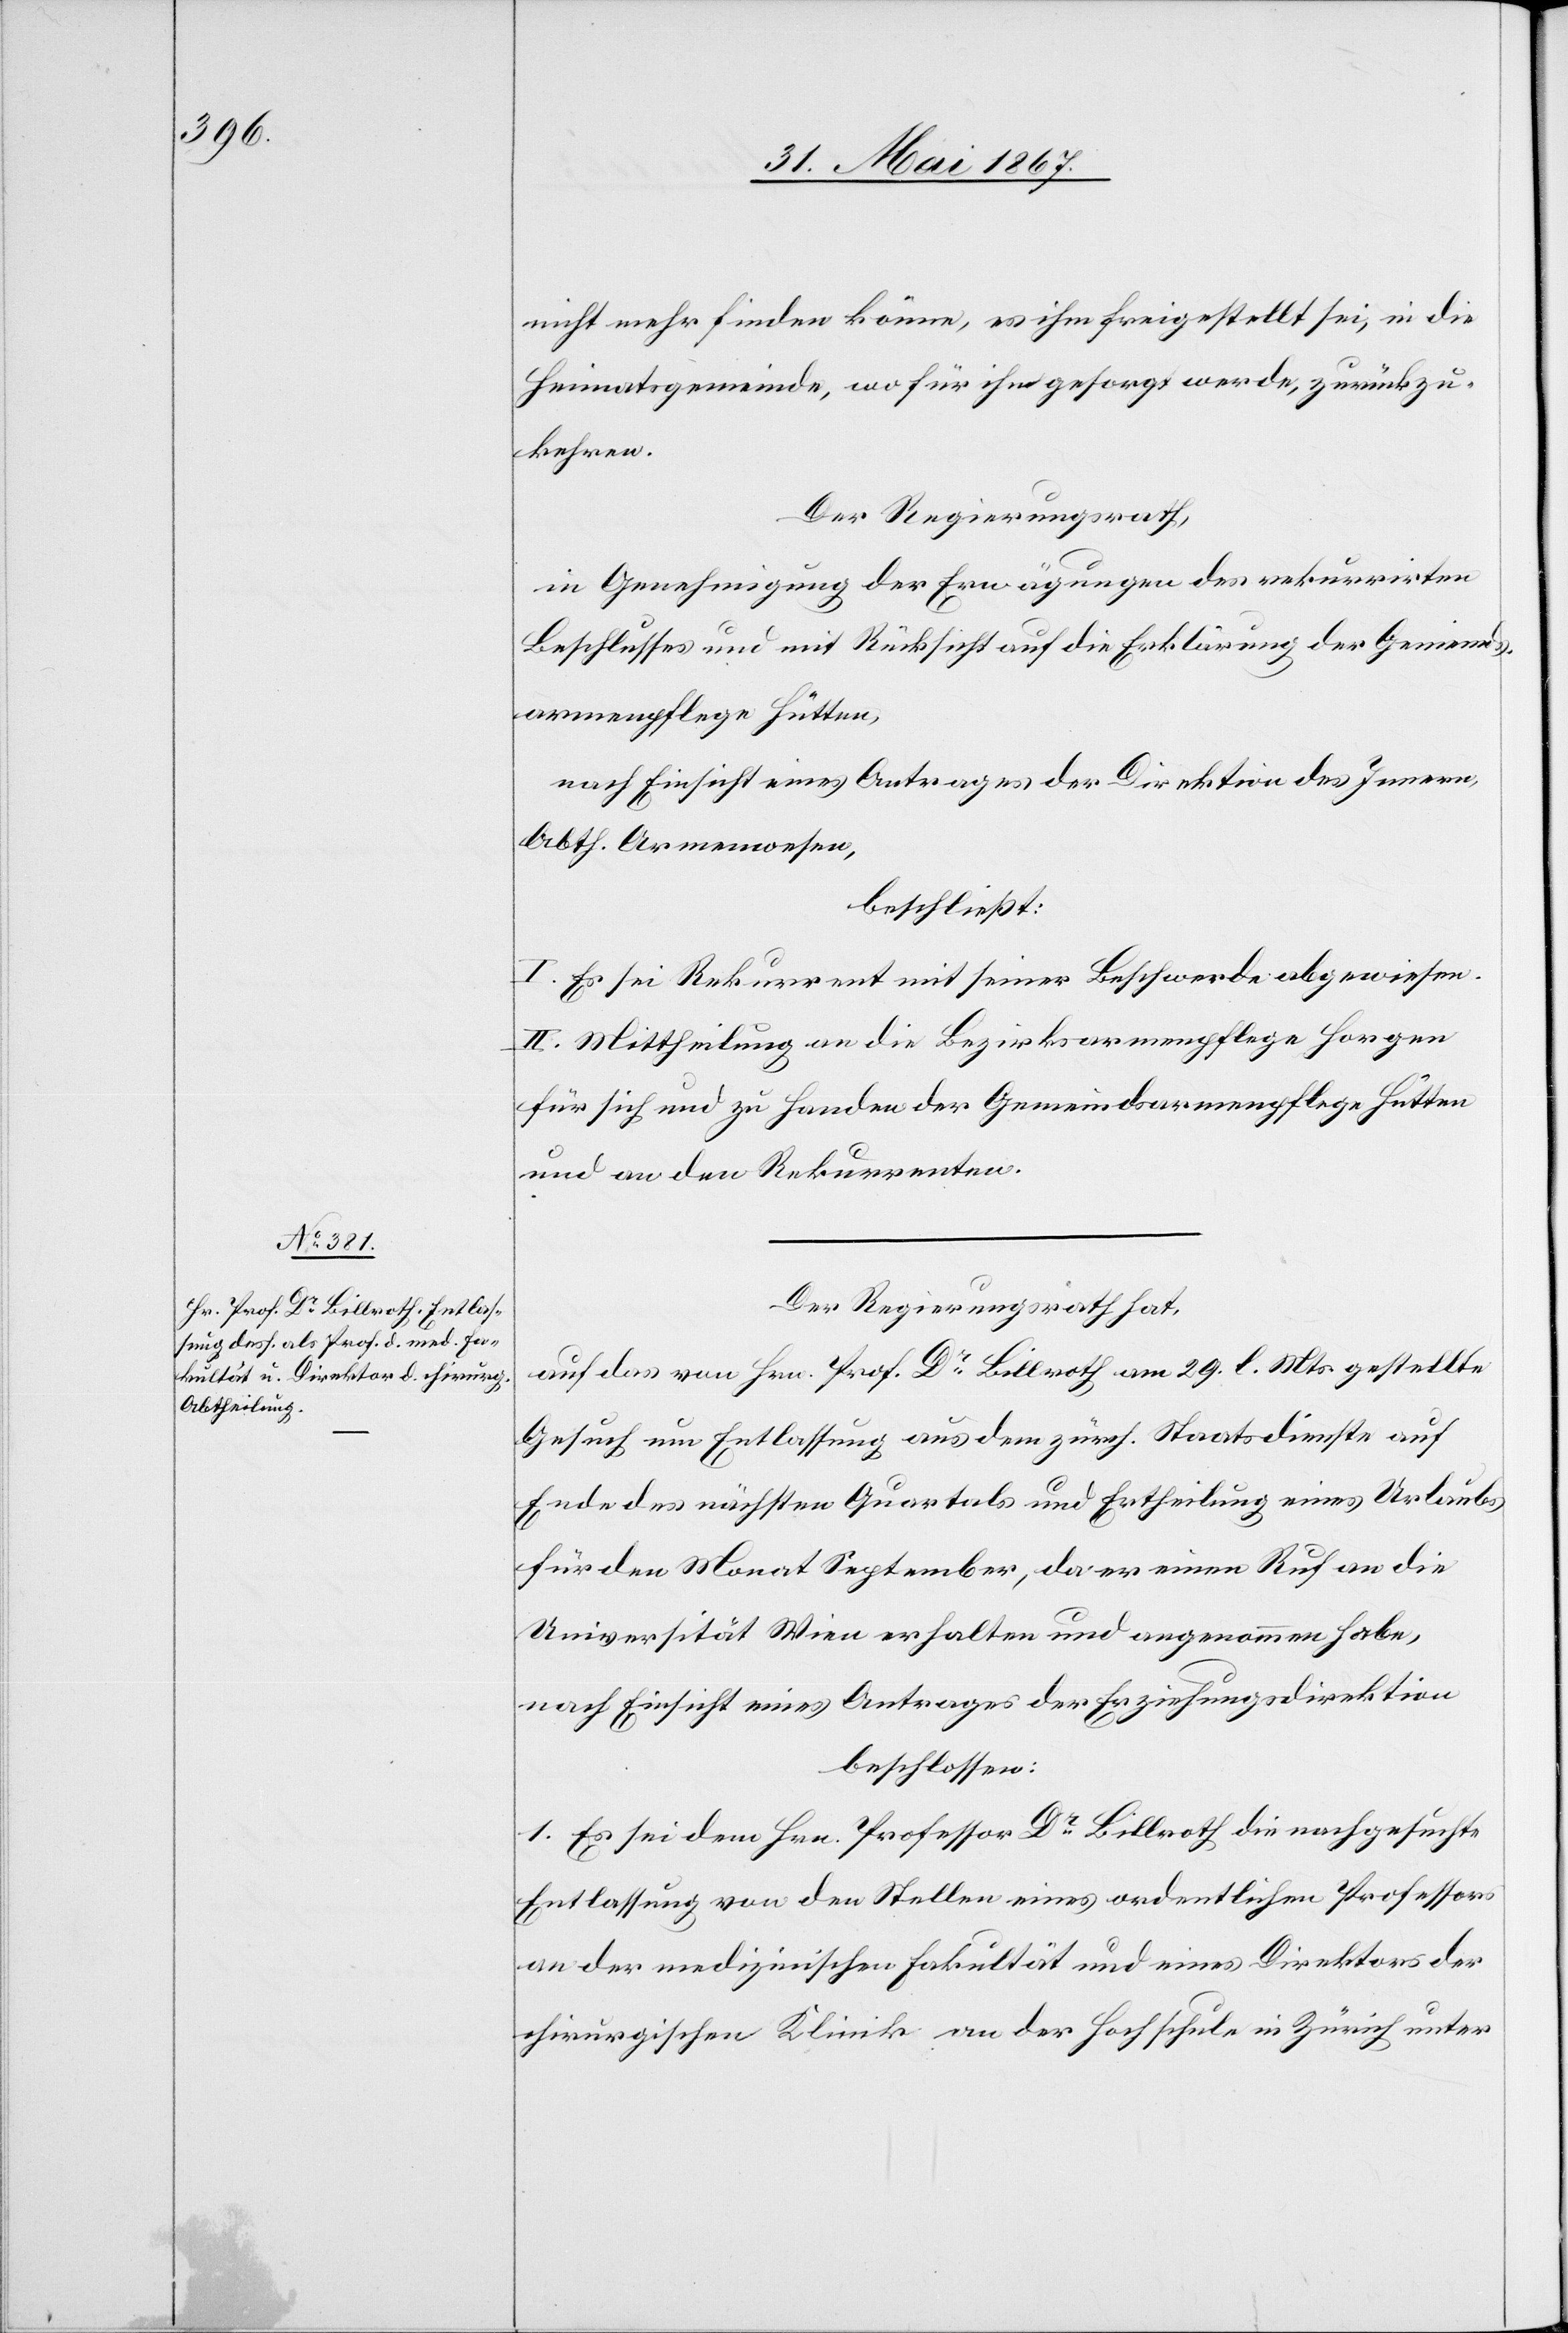
nicht mehr finden könne, es ihm freigestellt sei, in die
Heimatsgemeinde, wo für ihn gesorgt werde, zurückzu¬
kehren.
Der Regierungsrath,
in Genehmigung der Erwägungen des rekurrirten
Beschlusses und mit Rücksicht auf die Erklärung der Gemeinds¬
armenpflege Hütten,
nach Einsicht eines Antrages der Direktion des Innern,
Abth. Armenwesen,
beschließt:
I. Es sei Rekurrent mit seiner Beschwerde abgewiesen.
II. Mittheilung an die Bezirksarmenpflege Horgen
für sich und zu Handen der Gemeindsarmenpflege Hütten
und an den Rekurrenten.
Der Regierungsrath hat,
auf das von Hrn. Prof. Dr. Billroth am 29. l. Mts. gestellte
Gesuch um Entlassung aus dem zürch. Staatsdienste auf
Ende des nächsten Quartals und Ertheilung eines Urlaubs
für den Monat September, da er einen Ruf an die
Universität Wien erhalten und angenommen habe,
nach Einsicht eines Antrages der Erziehungsdirektion
beschlossen:
1. Es sei dem Hrn. Professor Dr. Billroth die nachgesuchte
Entlassung von den Stellen eines ordentlichen Professors
an der medizinischen Fakultät und eines Direktors der
chirurgischen Klinik an der Hochschule in Zürich unter